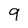
Character: 9